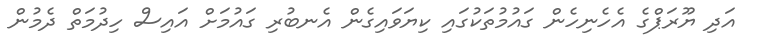
އަދި ޔޫރަޕްގެ އެހެނިހެން ގައުމުތަކުގައި ކިޔަވައިގެން އެނބުރި ގައުމަށް އައިސް ހިދުމަތް ދެމުން